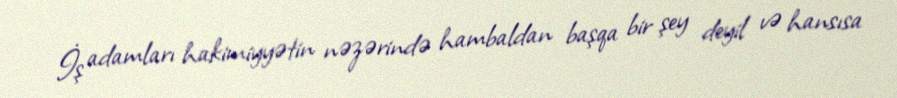
İş adamları hakimiyyətin nəzərində hambaldan başqa bir şey deyil və hansısa